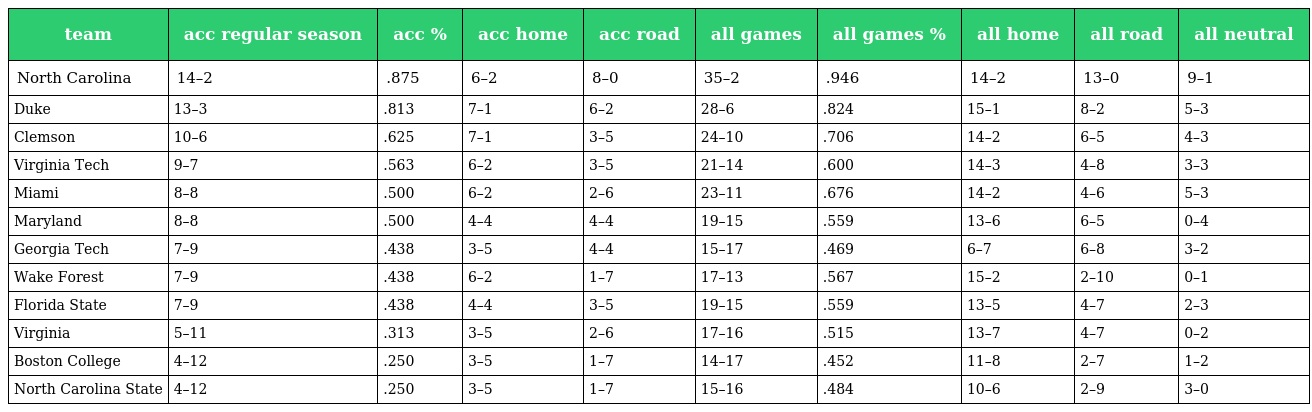
| team | acc regular season | acc % | acc home | acc road | all games | all games % | all home | all road | all neutral |
 | --- | --- | --- | --- | --- | --- | --- | --- | --- | --- |
 | North Carolina | 14–2 | .875 | 6–2 | 8–0 | 35–2 | .946 | 14–2 | 13–0 | 9–1 |
 | Duke | 13–3 | .813 | 7–1 | 6–2 | 28–6 | .824 | 15–1 | 8–2 | 5–3 |
 | Clemson | 10–6 | .625 | 7–1 | 3–5 | 24–10 | .706 | 14–2 | 6–5 | 4–3 |
 | Virginia Tech | 9–7 | .563 | 6–2 | 3–5 | 21–14 | .600 | 14–3 | 4–8 | 3–3 |
 | Miami | 8–8 | .500 | 6–2 | 2–6 | 23–11 | .676 | 14–2 | 4–6 | 5–3 |
 | Maryland | 8–8 | .500 | 4–4 | 4–4 | 19–15 | .559 | 13–6 | 6–5 | 0–4 |
 | Georgia Tech | 7–9 | .438 | 3–5 | 4–4 | 15–17 | .469 | 6–7 | 6–8 | 3–2 |
 | Wake Forest | 7–9 | .438 | 6–2 | 1–7 | 17–13 | .567 | 15–2 | 2–10 | 0–1 |
 | Florida State | 7–9 | .438 | 4–4 | 3–5 | 19–15 | .559 | 13–5 | 4–7 | 2–3 |
 | Virginia | 5–11 | .313 | 3–5 | 2–6 | 17–16 | .515 | 13–7 | 4–7 | 0–2 |
 | Boston College | 4–12 | .250 | 3–5 | 1–7 | 14–17 | .452 | 11–8 | 2–7 | 1–2 |
 | North Carolina State | 4–12 | .250 | 3–5 | 1–7 | 15–16 | .484 | 10–6 | 2–9 | 3–0 |